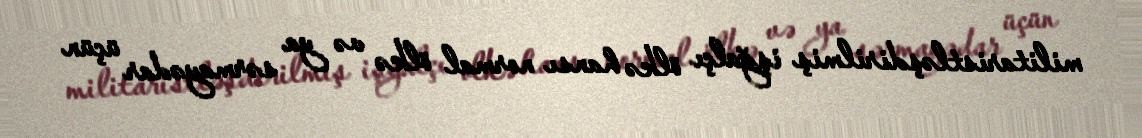
militaristləşdirilmiş işğalçı ölkə hansı normal ölkə və ya sərmayədar üçün